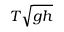
T { \sqrt { g h } }